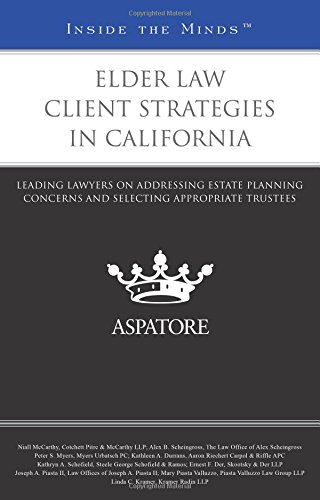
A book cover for Elder Law Client Strategies in California: Leading Lawyers on Addressing Estate Planning Concerns and Selecting Appropriate Trustees (Inside the Minds); Alex Scheingross; Law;